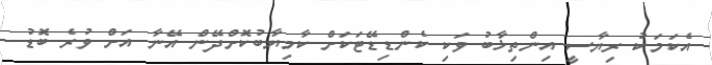
އެކަމަކު ރިޔާސީ އިންތިޚާބު ވަކި ކެންޑިޑޭޓަކަށް ކާމިޔާބުކޮށްދޭން އޭނާ އަށް ވުރެ ބޮޑު